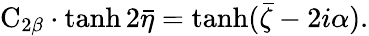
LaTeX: \mathrm{C}_{2\beta}\cdot\operatorname{tanh}2\bar{\eta}=\operatorname{tanh}(\bar{\zeta}-2i\alpha).